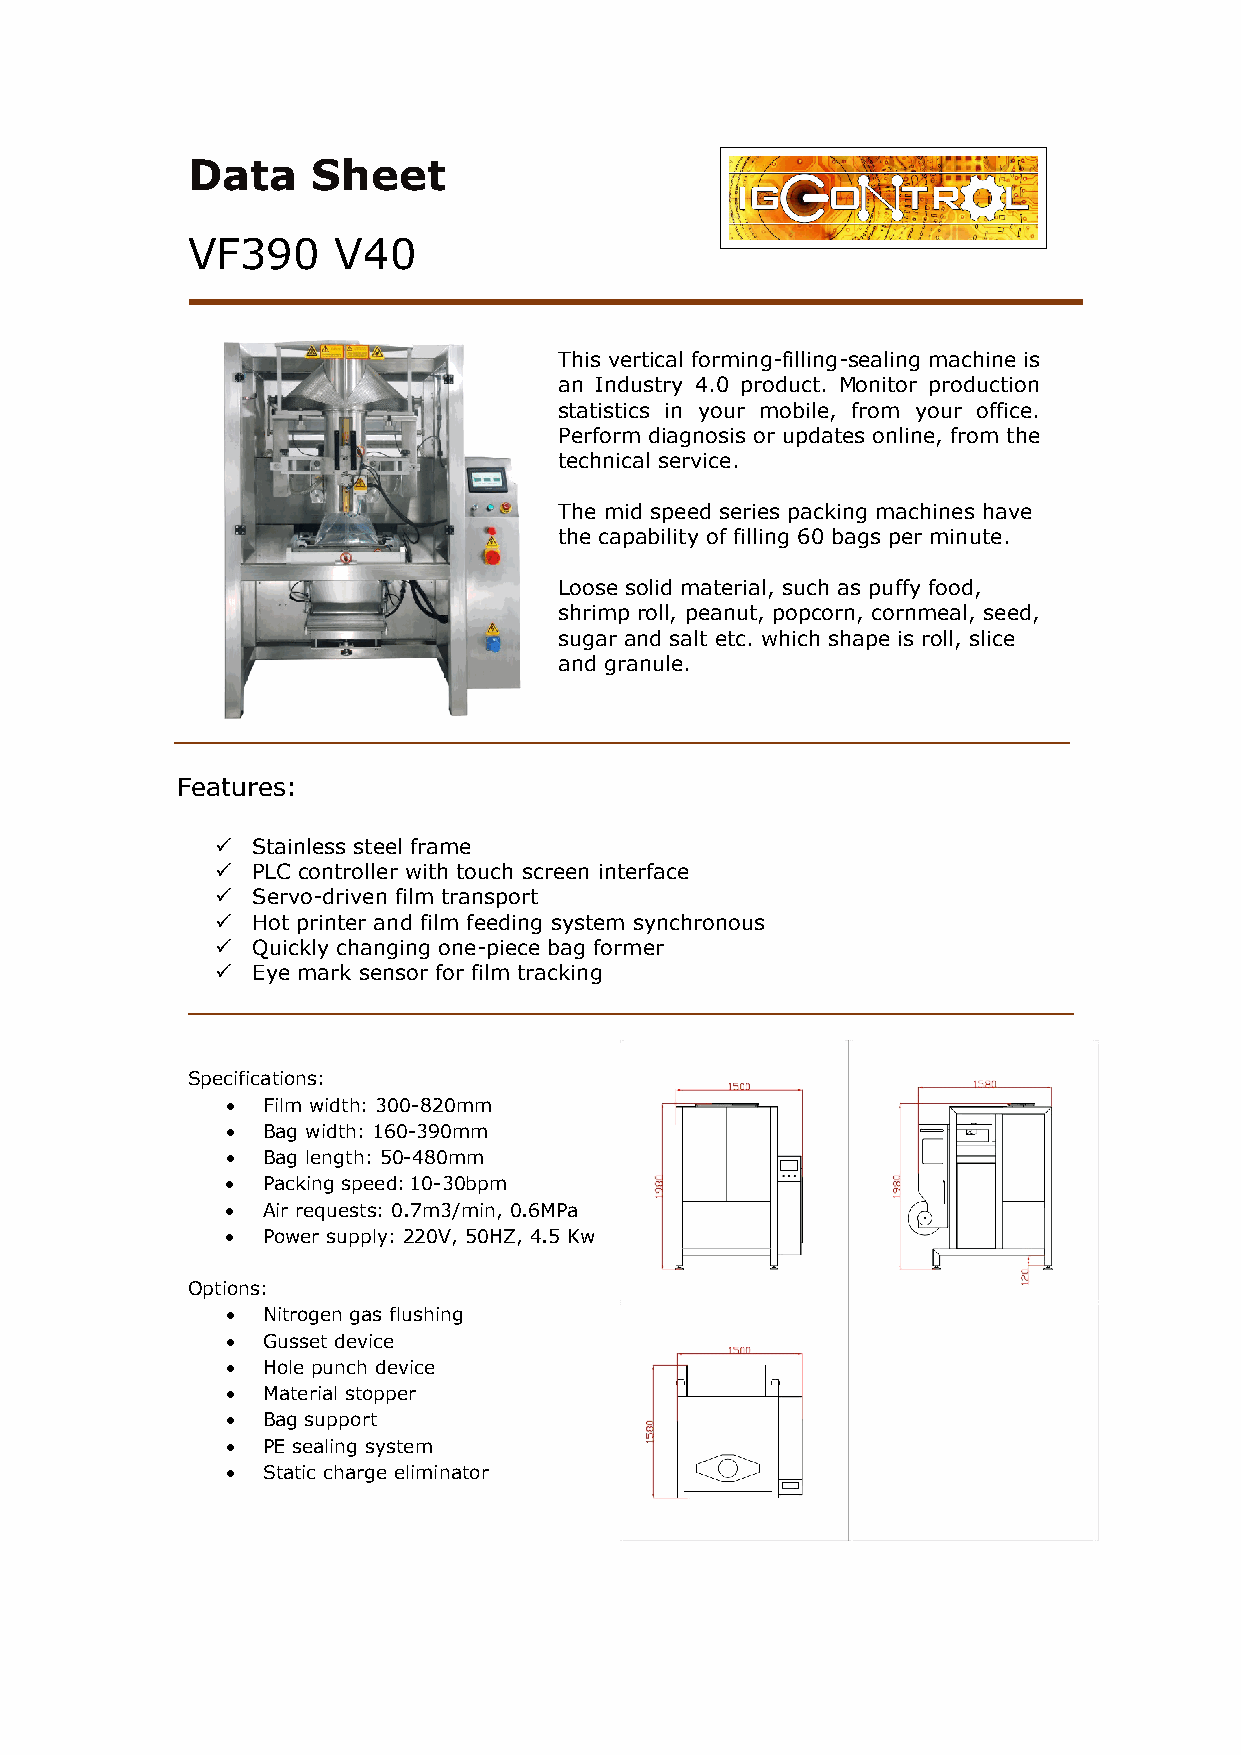
Data     Sheet
 VF390     V40
 This vertical forming-filling-sealing machine is
 an Industry 4.0 product. Monitor production
 statistics in your mobile, from your office.
 Perform diagnosis or updates online, from the
 technical service.
 The mid speed series packing machines have
 the capability of filling 60 bags per minute.
 Loose solid material, such as puffy food,
 shrimp roll, peanut, popcorn, cornmeal, seed,
 sugar and salt etc. which shape is roll, slice
 and granule.
 Features:
   Stainless steel frame
   PLC controller with touch screen interface
   Servo-driven film transport
   Hot printer and film feeding system synchronous
   Quickly changing one-piece bag former
   Eye mark sensor for film tracking
 Specifications:
 • Film width: 300-820mm
 • Bag width: 160-390mm
 • Bag length: 50-480mm
 • Packing speed: 10-30bpm
 • Air requests: 0.7m3/min, 0.6MPa
 • Power supply: 220V, 50HZ, 4.5 Kw
 Options:
 • Nitrogen gas flushing
 • Gusset device
 • Hole punch device
 • Material stopper
 • Bag support
 • PE sealing system
 • Static charge eliminator